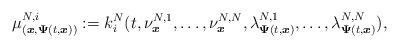
LaTeX: \begin{align*}\mu_{(\boldsymbol{x},\boldsymbol{\Psi}(t,\boldsymbol{x}))}^{N,i}:=k_i^N(t,\nu^{N,1}_{\boldsymbol{x}},\ldots,\nu^{N,N}_{\boldsymbol{x}},\lambda^{N,1}_{\boldsymbol{\Psi}(t,\boldsymbol{x})},\ldots,\lambda^{N,N}_{\boldsymbol{\Psi}(t,\boldsymbol{x})}),\end{align*}